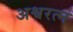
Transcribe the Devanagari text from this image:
अश्वरत्न